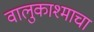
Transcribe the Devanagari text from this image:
वालुकाश्माचा